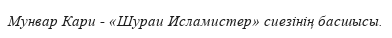
Мунвар Кари - «Шураи Исламистер» сиезінің басшысы.